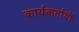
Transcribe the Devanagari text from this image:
कार्यकर्तायों